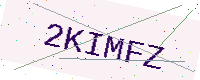
Text: 2KIMFZ